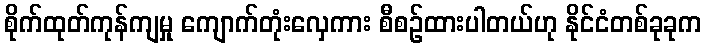
စိုက်ထုတ်ကုန်ကျမှု ကျောက်တုံးလှေကား စီစဉ်ထားပါတယ်ဟု နိုင်ငံတစ်ခုခုက